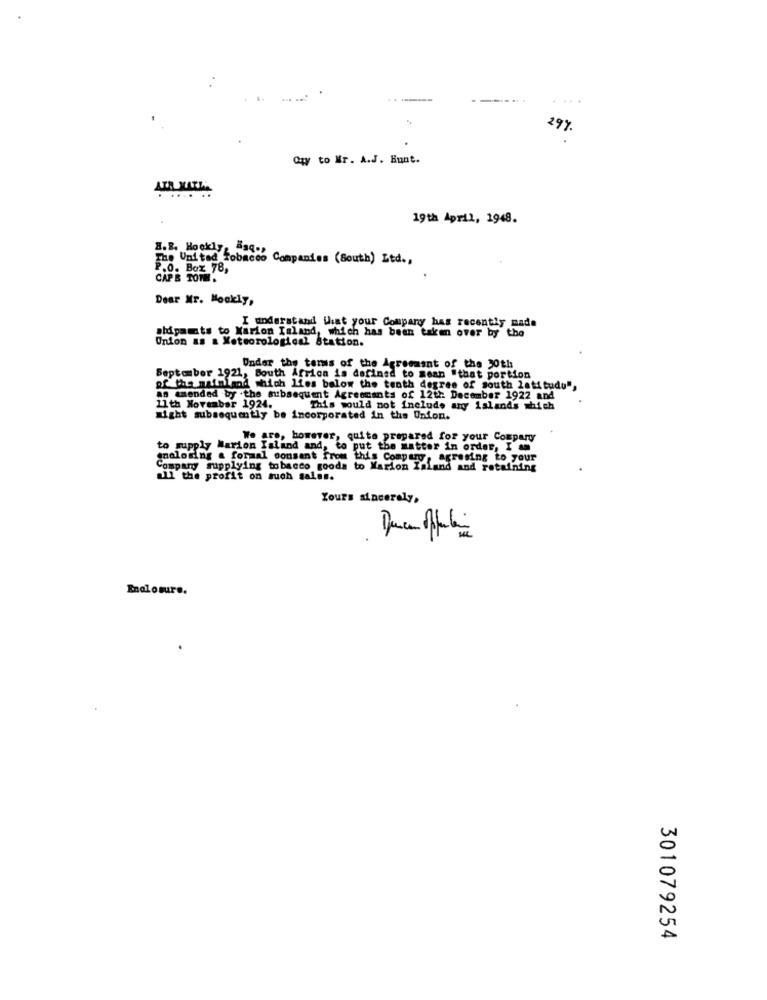
.. .
29%
Czy to Mr. A.J. Hunt.
19th April, 1948.
The United Tobacco Companies (South) Ltd .,
P.O. Box 78,
CAP B TOTH .
Dear Mr. Hookly,
I understand What your Company has recently made
abdpants to Karion Island, which has been taken over by the
Onion as a Meteorological Station.
Under the tems of the Agreement of the 30th
September 1921, South Africa is defined to sean "that portion
of the mainland which Lies below the tenth degree of south latitude",
as amended by the subsequent Agreements of 12th December 1922 and
11 th November 1924.
This would not include any islands which
might subsequently be incorporated in the Union.
We are, however, quite prepared for your Company
to supply Marion Island and, to put the matter in order, I am
mnalosing a formal oonsant from this Company, agresing to your
Compary supplying tobacco goods to Marion Imland and retaining
all the profit on such salas.
Yours sincerely,
Enalosure.
301079254